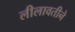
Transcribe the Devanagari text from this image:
लीलावतीने